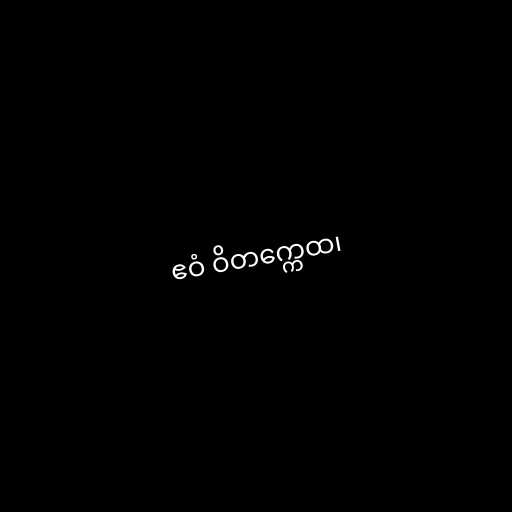
ဧဝံ ဝိတက္ကေထ၊